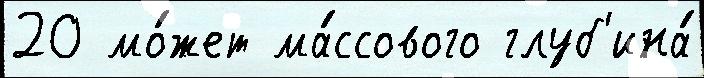
20 мо́жет ма́ссового глуб'ина́